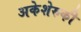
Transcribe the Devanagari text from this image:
अकेशेरुकी